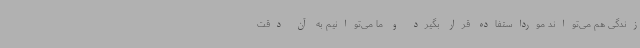
زندگی هم می‌تواند مورداستفاده قرار بگیرد و ما می‌توانیم به آن دقت